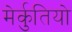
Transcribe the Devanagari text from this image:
मेर्कुतियो